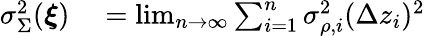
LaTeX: \begin{array}{rl}{\sigma_{\Sigma}^{2}(\boldsymbol{\xi})}&{{}=\operatorname*{lim}_{n\to\infty}\sum_{i=1}^{n}\sigma_{\rho,i}^{2}(\Delta z_{i})^{2}}\end{array}